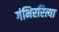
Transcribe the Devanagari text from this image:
गंभिररित्या